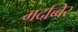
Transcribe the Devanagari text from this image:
मदब्बिर